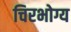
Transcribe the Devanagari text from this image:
चिरभोग्य